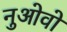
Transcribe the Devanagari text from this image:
नुओवो